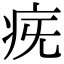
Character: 𤵀